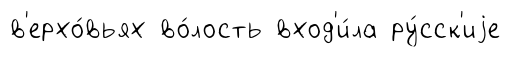
в'ерхо́вьях во́лость вход'и́ла ру́сск'иjе